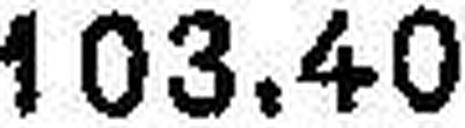
103.40